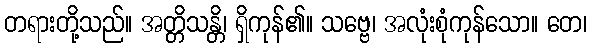
တရားတို့သည်။ အတ္တိသန္တိ၊ ရှိကုန်၏။ သဗ္ဗေ၊ အလုံးစုံကုန်သော။ တေ၊